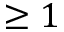
\geq 1